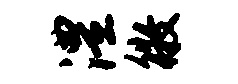
澧徵